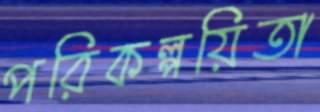
পরিকল্পয়িতা